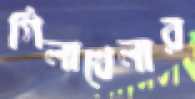
গিলাখেলার